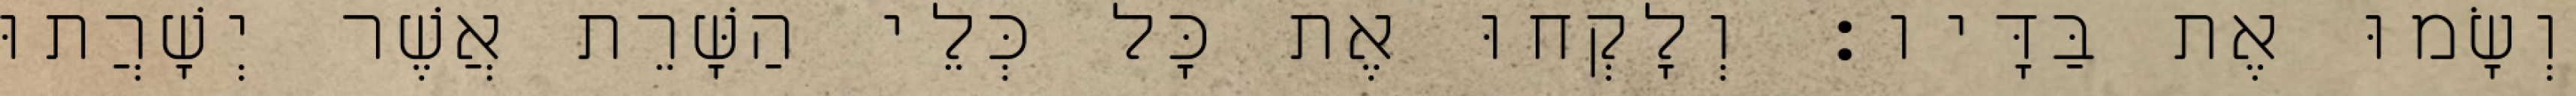
וְשָׂמוּ אֶת בַּדָּיו׃ וְלָקְחוּ אֶת כָּל כְּלֵי הַשָּׁרֵת אֲשֶׁר יְשָׁרֲתוּ